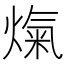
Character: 熂